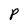
Character: P